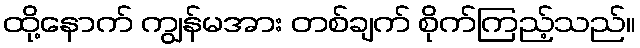
ထို့နောက် ကျွန်မအား တစ်ချက် စိုက်ကြည့်သည်။